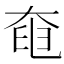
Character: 𡘹